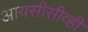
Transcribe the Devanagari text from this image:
आयसीसीव्ही